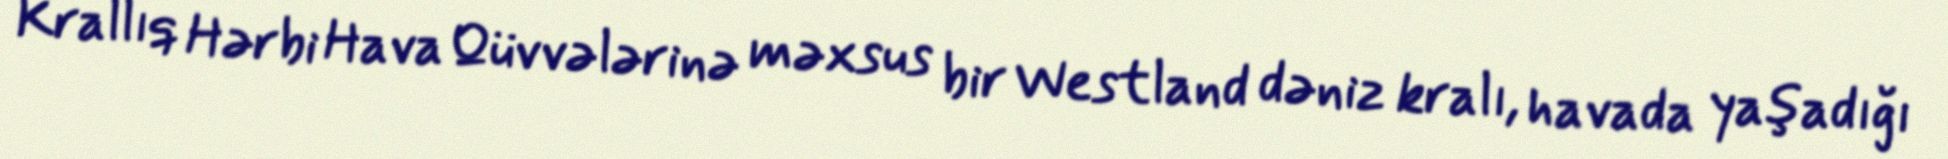
Krallıq Hərbi Hava Qüvvələrinə məxsus bir Westland dəniz kralı, havada yaşadığı